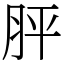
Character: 胓